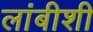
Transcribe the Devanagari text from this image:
लांबीशी